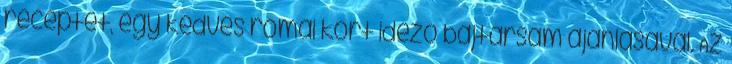
receptet, egy kedves római kort idéző bajtársam ajánlásával. Az